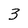
Character: 3